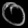
Digit: ၀